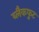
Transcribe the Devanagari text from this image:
ब्लैकफुट